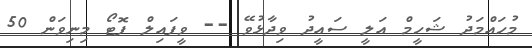
މުހައްމަދު ޝަހީމް އަލީ ސައީދު ވިދާޅުވޭ -- ވީފައިލް ފޮޓޯ މިނިވަން 50